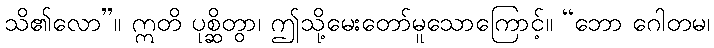
သိ၏လော”။ ဣတိ ပုစ္ဆိတွာ၊ ဤသို့မေးတော်မူသောကြောင့်။ “ဘော ဂေါတမ၊